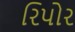
રિપોર